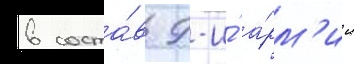
в соста́в 9-и́ а́рм'ии